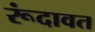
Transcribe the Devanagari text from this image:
रूंदावत